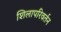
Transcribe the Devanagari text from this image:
शिलापरिवर्तन